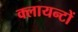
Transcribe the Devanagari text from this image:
क्लायन्टों